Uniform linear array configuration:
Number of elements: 8
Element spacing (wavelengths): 0.75
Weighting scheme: blackman
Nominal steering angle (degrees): -45
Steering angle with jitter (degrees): -44.442
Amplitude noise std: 0.05
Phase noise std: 0.05

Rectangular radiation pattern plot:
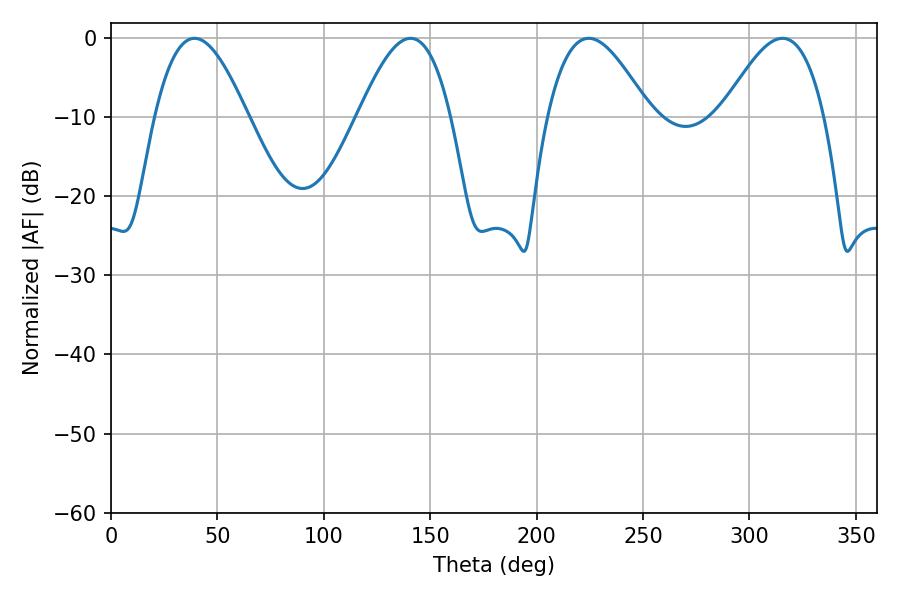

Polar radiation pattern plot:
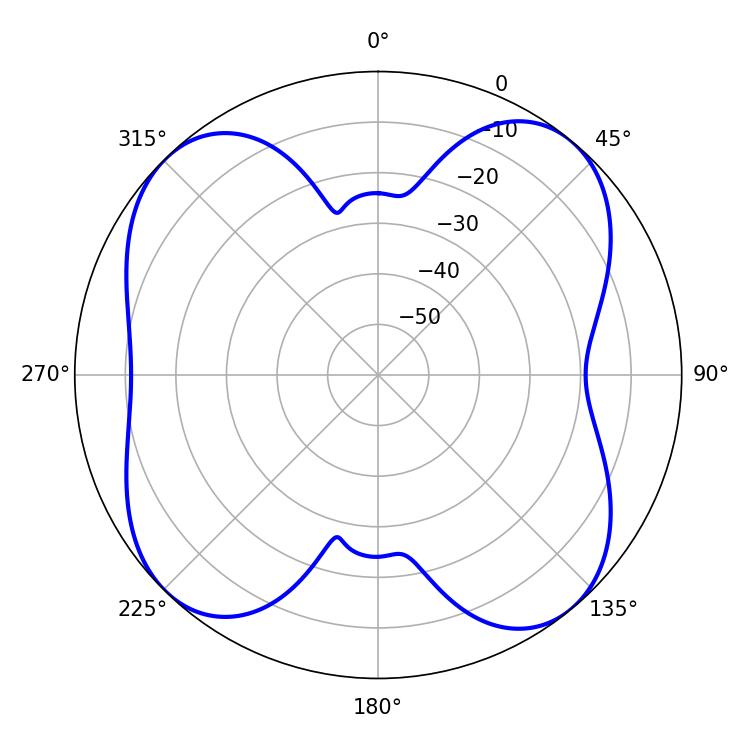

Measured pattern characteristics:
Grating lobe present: TRUE
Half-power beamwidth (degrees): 23.58
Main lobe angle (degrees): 39.24